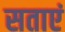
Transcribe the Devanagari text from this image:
सताएं